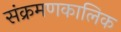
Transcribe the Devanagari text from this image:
संक्रमणकालिक